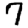
Digit: 7